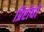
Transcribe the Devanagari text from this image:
प्रिरोधों